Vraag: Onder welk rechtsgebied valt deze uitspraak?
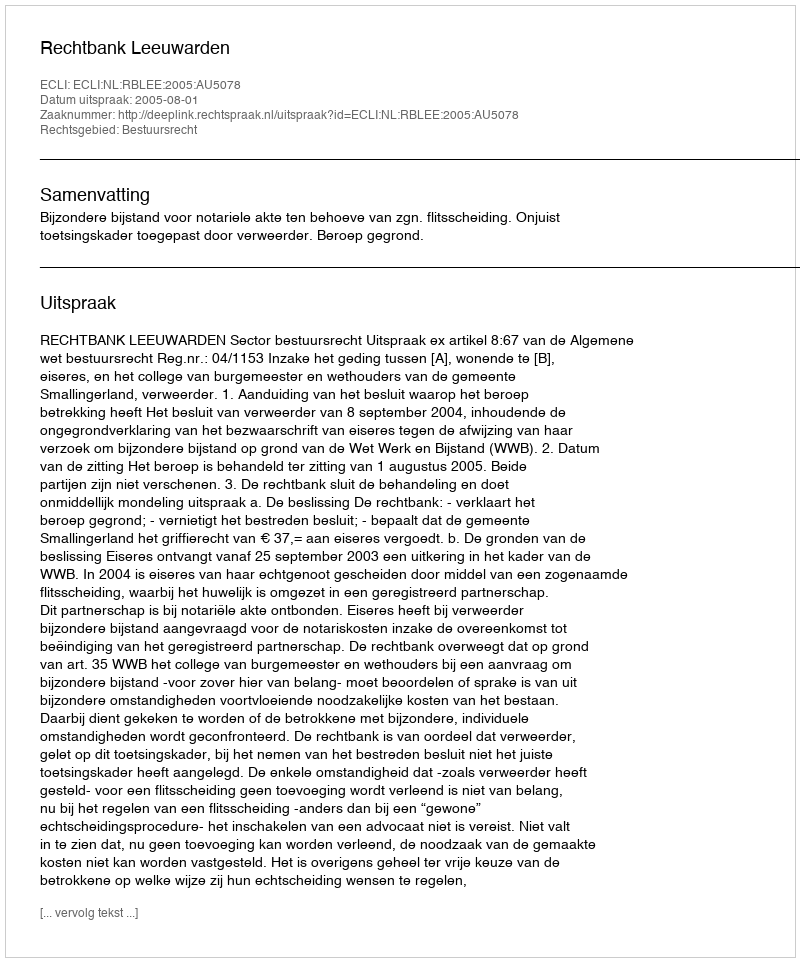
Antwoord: Bestuursrecht